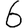
Digit: 6